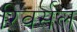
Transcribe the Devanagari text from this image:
रिवर्सल